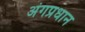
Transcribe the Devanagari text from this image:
अंगप्रधान